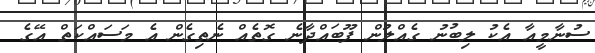
ސުނާމީއާ އެކު ލިބުނު ގެއްލުން ފޫބައްދާނެ ގޮތެއް ނެތިގެން އެ މަސައްކަތް އޭގެ